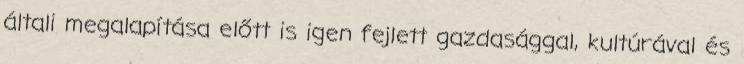
általi megalapítása előtt is igen fejlett gazdasággal, kultúrával és